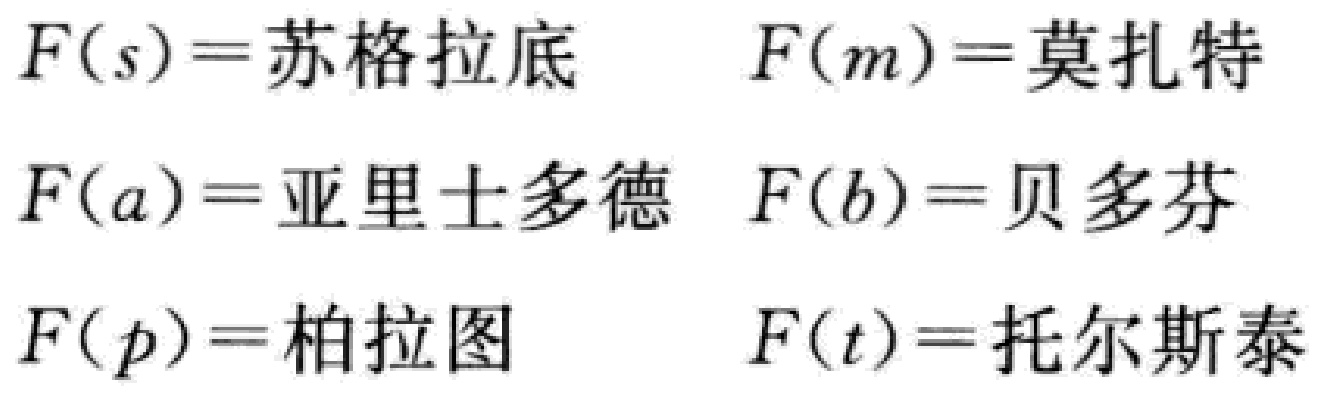
\[
\begin{align*}
F(s)&=苏格拉底&F(m)&=莫扎特\\
F(a)&=亚里士多德&F(b)&=贝多芬\\
F(p)&=柏拉图&F(t)&=托尔斯泰
\end{align*}
\]